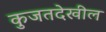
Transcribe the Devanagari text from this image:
कुजतदेखील